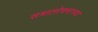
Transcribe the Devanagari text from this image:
समालोचनाच्या